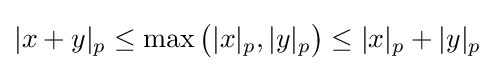
|x+y|_{p}\leq \max {\bigl (}|x|_{p},|y|_{p}{\bigr )}\leq |x|_{p}+|y|_{p}